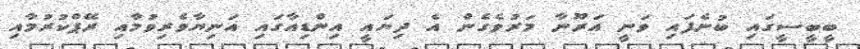
ބީބީސީގައި ބުނެފައި ވަނީ އަރޫނާ މަރުވެގެން އެ ދިޔައީ އިންޑިއާގައި އަނިޔާވެރިވުމާއި ރޭޕްކުރުމާއި